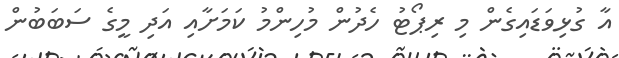
އާ ގުޅިވަޑައިގެން މި ރިޕޯޓު ހެދުން މުހިންމު ކަމަށާއި އަދި މީގެ ސަބަބުން